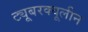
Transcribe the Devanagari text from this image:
ट्यूबरक्यूलीन